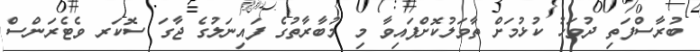
ބުރާސްފަތި ދުވަހު ކުޅުމަށް ތާވަލުކޮށްފައިވާ މި މުބާރާތުގެ ފައިނަލުގެ ޖާގަ ސޮކަރ ވެޓެރަންސް